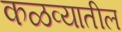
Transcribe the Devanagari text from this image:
कळव्यातील